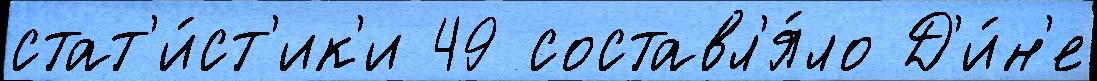
стат'и́ст'ик'и 49 составл'я́ло Д'и́н'е